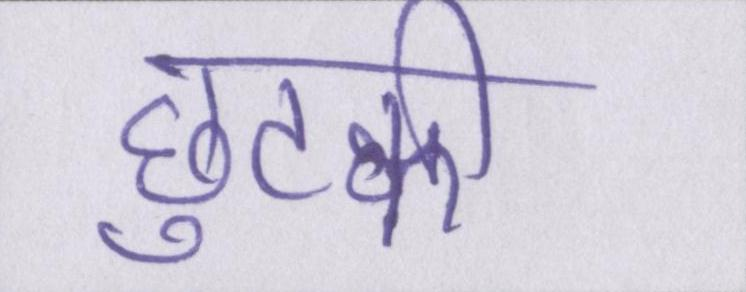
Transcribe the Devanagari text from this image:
छुटकी